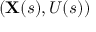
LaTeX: ( \mathbf { X } ( s ) , U ( s ) )